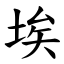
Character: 埃